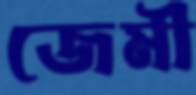
জেমী